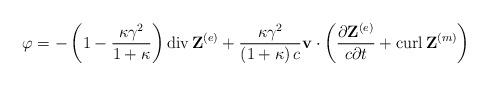
LaTeX: \begin{align*}\varphi=-\left( 1-\frac{\kappa\gamma^{2}}{1+\kappa}\right)\operatorname{div}\mathbf{Z}^{\left( e\right) }+\frac{\kappa\gamma^{2}}{\left( 1+\kappa\right) c}\mathbf{v}\cdot\left( \frac{\partial\mathbf{Z}^{\left( e\right) }}{c\partial t}+\operatorname{curl}\mathbf{Z}^{\left( m\right) }\right) \end{align*}